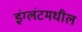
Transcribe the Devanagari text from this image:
इंग्लंटमधील